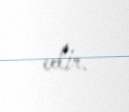
edir.